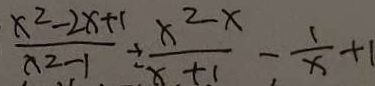
\frac { x ^ { 2 } - 2 x + 1 } { a ^ { 2 } - 1 } \div \frac { x ^ { 2 } - x } { x + 1 } - \frac { 1 } { x } + 1